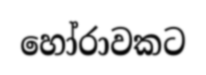
හෝරාවකට